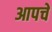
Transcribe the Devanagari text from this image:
आपचे